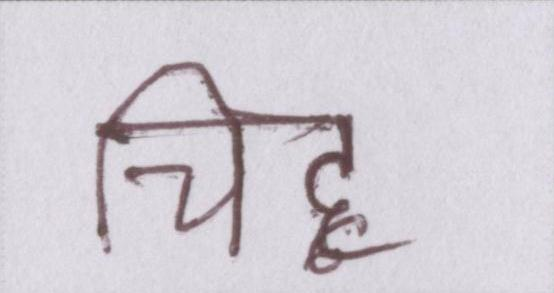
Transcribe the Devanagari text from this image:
चिह्न